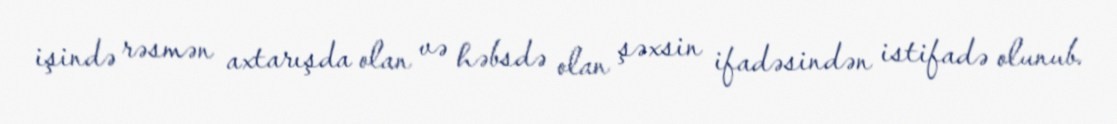
işində rəsmən axtarışda olan və həbsdə olan şəxsin ifadəsindən istifadə olunub.